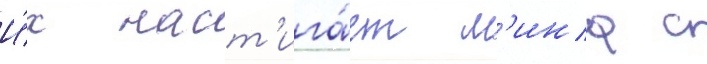
И́х наст'ига́ет л'ина с